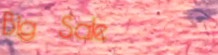
Big Sale